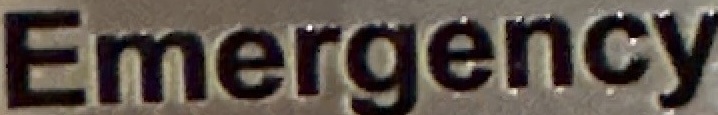
Emergency